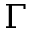
\Gamma